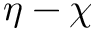
\boldsymbol \eta - \boldsymbol \chi